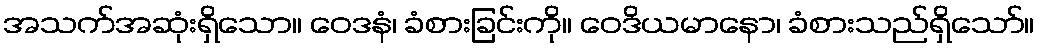
အသက်အဆုံးရှိသော။ ဝေဒနံ၊ ခံစားခြင်းကို။ ဝေဒိယမာနော၊ ခံစားသည်ရှိသော်။